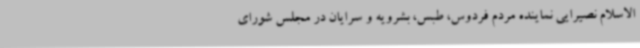
الاسلام نصیرایی نماینده مردم فردوس، طبس، بشرویه و سرایان در مجلس شورای